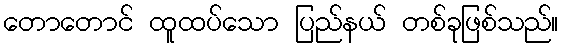
တောတောင် ထူထပ်သော ပြည်နယ် တစ်ခုဖြစ်သည်။